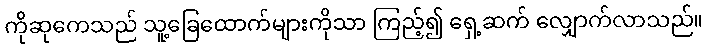
ကိုဆုကေသည် သူ့ခြေထောက်များကိုသာ ကြည့်၍ ရှေ့ဆက် လျှောက်လာသည်။